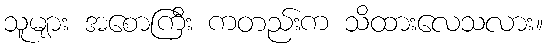
သူများ အစောကြီး ကတည်းက သိထားလေသလား။